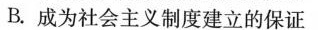
B.成为社会主义制度建立的保证